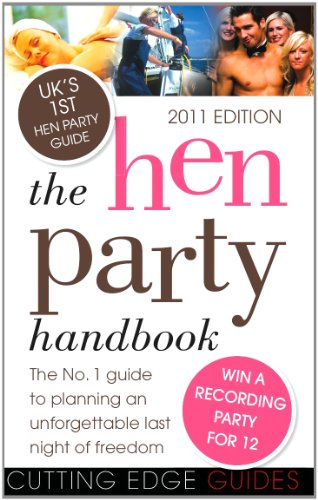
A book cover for The Hen Party Handbook 2011: The No. 1 Guide to Planning an Unforgettable Last Night of Freedom; Rosie Gordon; Crafts, Hobbies & Home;